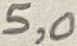
Text: 5,0